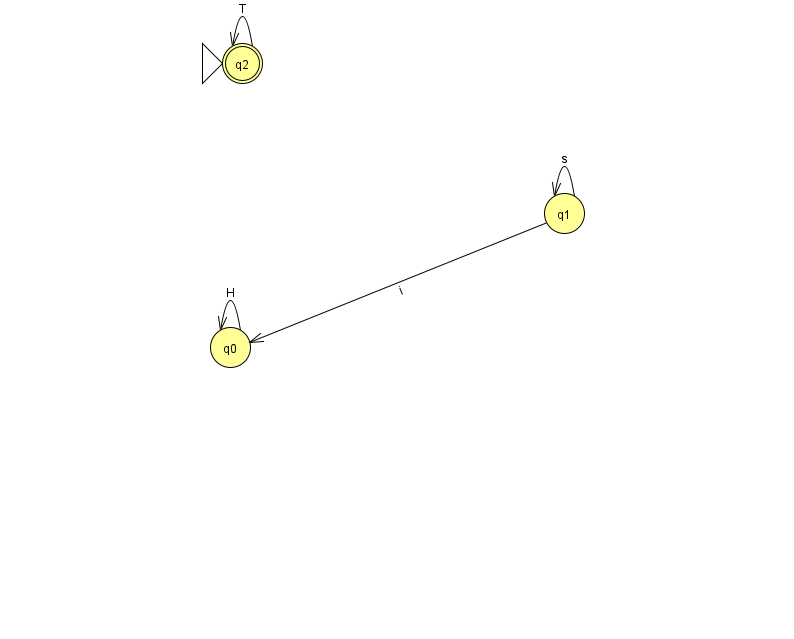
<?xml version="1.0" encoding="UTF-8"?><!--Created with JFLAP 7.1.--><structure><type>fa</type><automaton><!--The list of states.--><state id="0" name="q0"><x>230.0</x><y>334.0</y></state><state id="1" name="q1"><x>564.0</x><y>200.0</y></state><state id="2" name="q2"><x>242.0</x><y>50.0</y><initial/><final/></state><!--The list of transitions.--><transition><from>1</from><to>1</to><read>s</read></transition><transition><from>2</from><to>2</to><read>T</read></transition><transition><from>0</from><to>0</to><read>H</read></transition><transition><from>1</from><to>0</to><read>i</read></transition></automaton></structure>